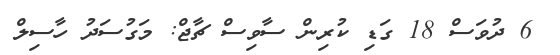
6 ދުވަސް 18 ގަޑި ކުރިން ސާވިސް ޗާޖް: މަގުސަދު ހާސިލް